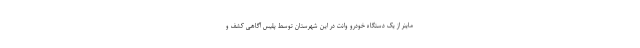
ماینر از یک دستگاه خودرو وانت در این شهرستان توسط پلیس آگاهی کشف و